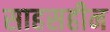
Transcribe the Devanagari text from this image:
साहसहीन